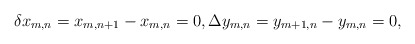
\begin{align*}\delta x_{m,n} = x_{m,n+1} - x_{m,n} = 0,\Delta y_{m,n} = y_{m+1,n} - y_{m,n}=0,\end{align*}